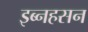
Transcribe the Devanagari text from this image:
इब्नहसन